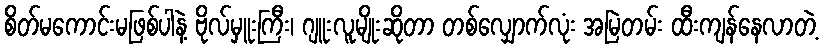
စိတ်မကောင်းမဖြစ်ပါနဲ့ ဗိုလ်မှူးကြီး၊ ဂျူးလူမျိုးဆိုတာ တစ်လျှောက်လုံး အမြဲတမ်း ထီးကျန်နေလာတဲ့